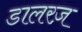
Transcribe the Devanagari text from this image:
डालरज़